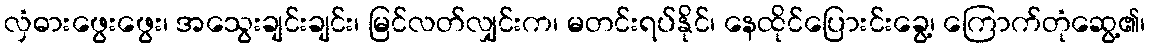
လှံဓားဖွေးဖွေး၊ အသွေးချင်းချင်း၊ မြင်လတ်လျှင်းက၊ မတင်းရပ်နိုင်၊ နေထိုင်ပြေားင်းခွေ့၊ ကြောက်တုံဆွေ့၏၊